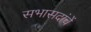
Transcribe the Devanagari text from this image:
सभासदांचें